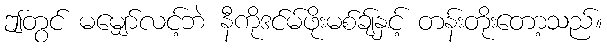
ဤတွင် မမျှော်လင့်ဘဲ နီကိုဒင်မ်ဖိုးမစ်ချ်နှင့် တန်းတိုးတော့သည်။